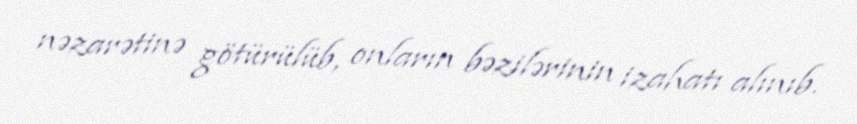
nəzarətinə götürülüb, onların bəzilərinin izahatı alınıb.